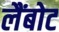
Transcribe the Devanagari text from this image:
लैंबोट